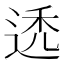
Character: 𬨩